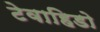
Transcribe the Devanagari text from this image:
टेवाहिडो